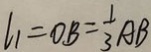
l _ { 1 } = O B = \frac { 1 } { 3 } A B